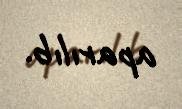
aparılıb.